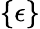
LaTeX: \{ \epsilon\}